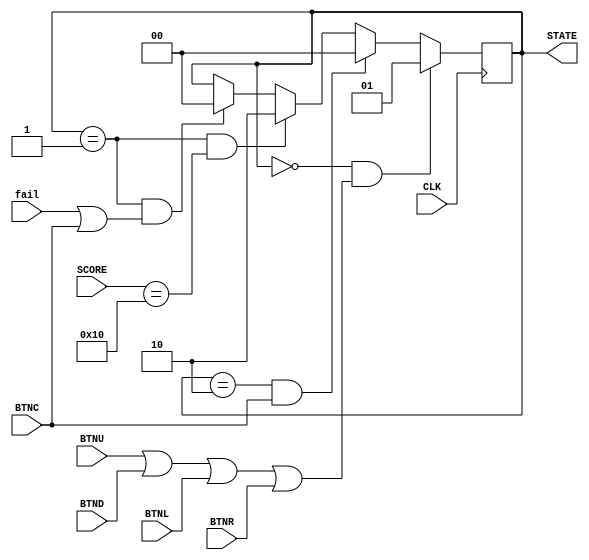
`timescale 1ns / 1ps
//////////////////////////////////////////////////////////////////////////////////
// Company: 
// Engineer: 
// 
// Design Name: 
// Module Name: Master_State_Machine
// Project Name: 
// Target Devices: 
// Tool Versions: 
// Description: 
// 
// Dependencies: 
// 
// Revision:
// Revision 0.01 - File Created
// Additional Comments:
// 
//////////////////////////////////////////////////////////////////////////////////


module Master_State_Machine(
        input CLK,
        input BTNU,
        input BTND,
        input BTNL,
        input BTNR,
        input BTNC,
        input [4:0] SCORE,
        input fail,
        output [1:0] STATE
    );
    
    reg [1:0] state_game;

    assign STATE = state_game;
    
    always@(posedge CLK) begin
        if (state_game == 2'd0 && (BTNU || BTND || BTNL || BTNR))
            state_game <= 2'd1;
        else if (state_game == 2'd2 && BTNC)
            state_game <= 2'd0;
        else if (state_game == 2'd1 && SCORE == 5'b10000)
            state_game <= 2'd2;
        else if (state_game == 2'd1 && (fail || BTNC))
            state_game <= 2'd0;
        else
            state_game <= state_game;
    end
    
endmodule